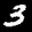
Label: 3